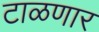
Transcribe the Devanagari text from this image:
टाळणार